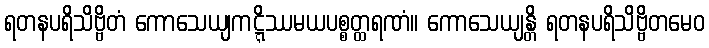
ရတနပရိသိဗ္ဗိတံ ကောသေယျကဋ္ဋိဿမယပစ္စတ္ထရဏံ။ ကောသေယျန္တိ ရတနပရိသိဗ္ဗိတမေဝ